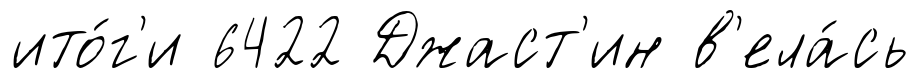
ито́г'и 6422 Джаст'ин в'ела́сь